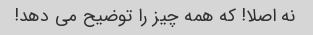
نه اصلا! که همه چیز را توضیح می دهد!